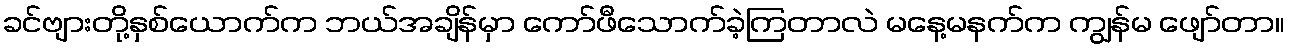
ခင်ဗျားတို့နှစ်ယောက်က ဘယ်အချိန်မှာ ကော်ဖီသောက်ခဲ့ကြတာလဲ မနေ့မနက်က ကျွန်မ ဖျော်တာ။